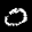
Label: 0